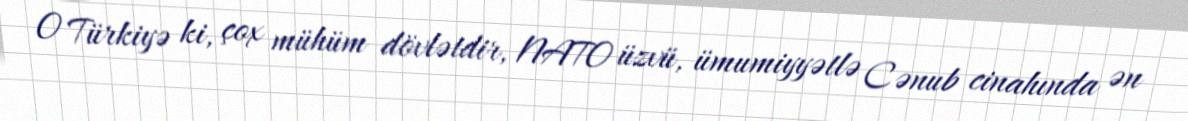
O Türkiyə ki, çox mühüm dövlətdir, NATO üzvü, ümumiyyətlə Cənub cinahında ən